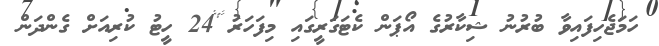
ހަމަޖެހިފައިވާ ބުރުނު ޝިކާރުގެ އޯޕަން ކެޓަގަރީގައި މިފަހަރު 24 ހީޓު ކުރިއަށް ގެންދަން